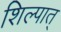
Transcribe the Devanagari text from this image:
शिल्पात्